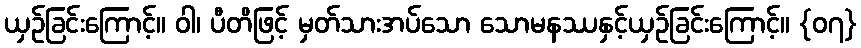
ယှဉ်ခြင်းကြောင့်။ ဝါ၊ ပီတိဖြင့် မှတ်သားအပ်သော သောမနဿနှင့်ယှဉ်ခြင်းကြောင့်။ {၀၇}